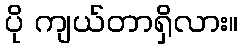
ပို ကျယ်တာရှိလား။